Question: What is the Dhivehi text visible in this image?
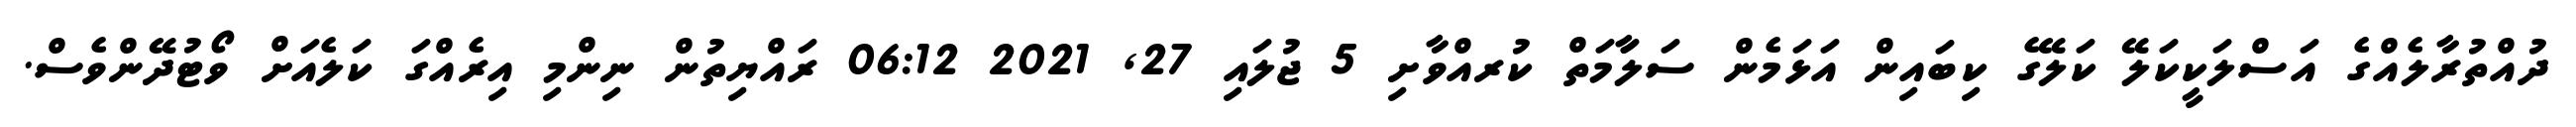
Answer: ދުއްތުރާލެއްގެ އަސްލަކީކަލޭ ކަލޭގެ ކިބައިން އަޅަމެން ސަލަާމަތް ކުރއްވާށި 5 ޖުލައި 27, 2021 06:12 ރައްޔިތުން ނިންމި އިރެއްގަ ކަލެއަށް ވޯޓުދޭންވެސް.